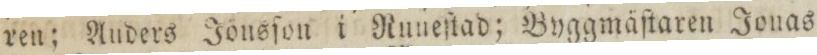
ren; Auders Jönsſon i Ruueſtad; Byggmäſtaren Jonas